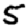
Digit: 5